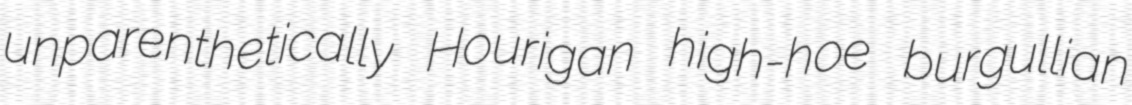
unparenthetically Hourigan high-hoe burgullian